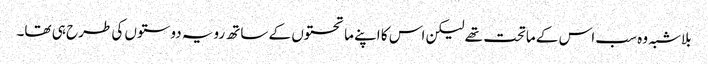
بلاشبہ وہ سب اس کے ماتحت تھے لیکن اس کا اپنے ماتحتوں کے ساتھ رویہ دوستوں کی طرح ہی تھا۔